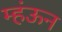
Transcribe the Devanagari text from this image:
म्हंऊन